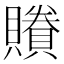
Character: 䞉